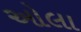
ઓલા